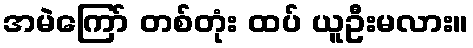
အမဲကြော် တစ်တုံး ထပ် ယူဦးမလား။